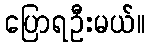
ပြောရဦးမယ်။